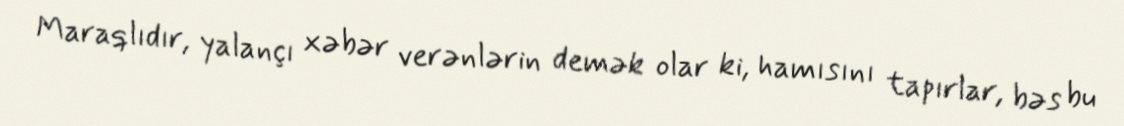
Maraqlıdır, yalançı xəbər verənlərin demək olar ki, hamısını tapırlar, bəs bu